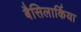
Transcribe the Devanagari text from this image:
बैसिलार्किया